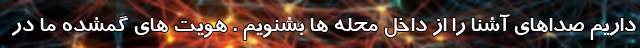
داریم صداهای آشنا را از داخل محله ها بشنویم . هویت های گمشده ما در